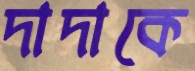
দাদাকে